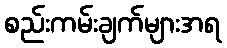
စည်းကမ်းချက်များအရ